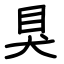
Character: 狊